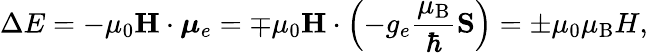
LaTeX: \Delta E=-\mu_{0}\mathbf{H}\cdot{\boldsymbol{\mu}}_{e}=\mp\mu_{0}\mathbf{H}\cdot\left(-g_{e}{\frac{\mu_{\mathrm{B}}}{\hbar}}\mathbf{S}\right)=\pm\mu_{0}\mu_{\mathrm{B}}H,